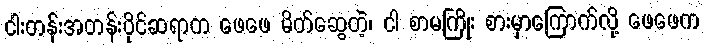
ငါးတန်းအတန်းပိုင်ဆရာက ဖေဖေ မိတ်ဆွေတဲ့၊ ငါ စာမကြိုး စားမှာကြောက်လို့ ဖေဖေက